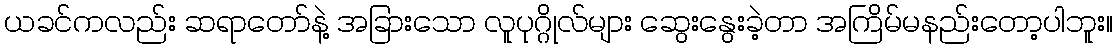
ယခင်ကလည်း ဆရာတော်နဲ့ အခြားသော လူပုဂ္ဂိုလ်များ ဆွေးနွေးခဲ့တာ အကြိမ်မနည်းတော့ပါဘူး။